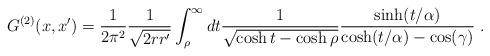
LaTeX: \begin{align*}G^{(2)}(x,x')=\frac1{2\pi^2}\frac1{\sqrt{2rr'}}\int_\rho^\infty dt\frac1{\sqrt{\cosh t-\cosh\rho}}\frac{\sinh(t/\alpha)}{\cosh(t/\alpha)-\cos(\gamma)} \ .\end{align*}